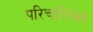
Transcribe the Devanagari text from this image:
परिचालिका